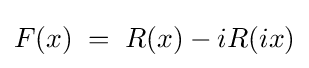
F(x)\;=\;R(x)-iR(ix)